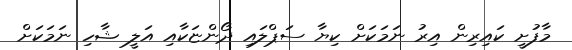
މާފުށީ ކައިރިން އިރު ނަމަކަށް ކިޔާ ސަޕްލައި ދޯންޏަކާއި އަލީ ޝާހި ނަމަކަށް